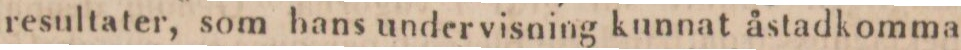
resultater, som hans undervisning kunnat åstadkomma